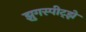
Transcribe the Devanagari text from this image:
झुगस्पीट्झे